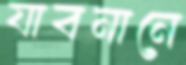
যাবনানে